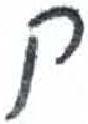
אות: ק